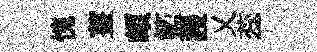
愧薑頗籃謾乂蕊